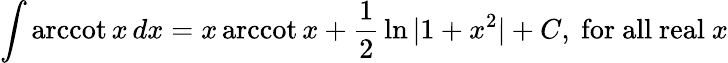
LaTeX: \int\operatorname{arccot}{x}\, dx=x\operatorname{arccot}{x}+{\frac{1}{2}}\ln{\vert 1+x^{2}\vert}+C,{\mathrm{~for~all~real~}}x